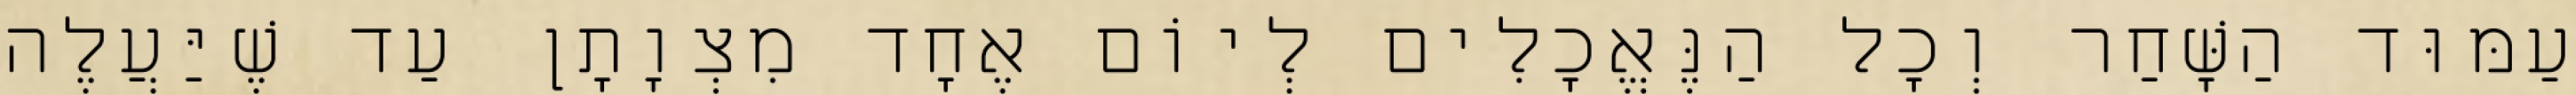
עַמּוּד הַשָּׁחַר וְכָל הַנֶּאֱכָלִים לְיוֹם אֶחָד מִצְוָתָן עַד שֶׁיַּעֲלֶה